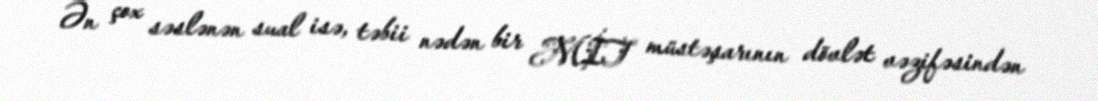
Ən çox səslənən sual isə, təbii nədən bir MİT müstəşarının dövlət vəzifəsindən